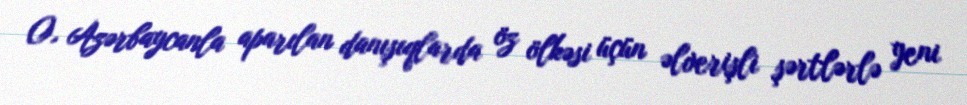
O, Azərbaycanla aparılan danışıqlarda öz ölkəsi üçün əlverişli şərtlərlə yeni